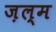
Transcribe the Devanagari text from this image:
ज़ल्म